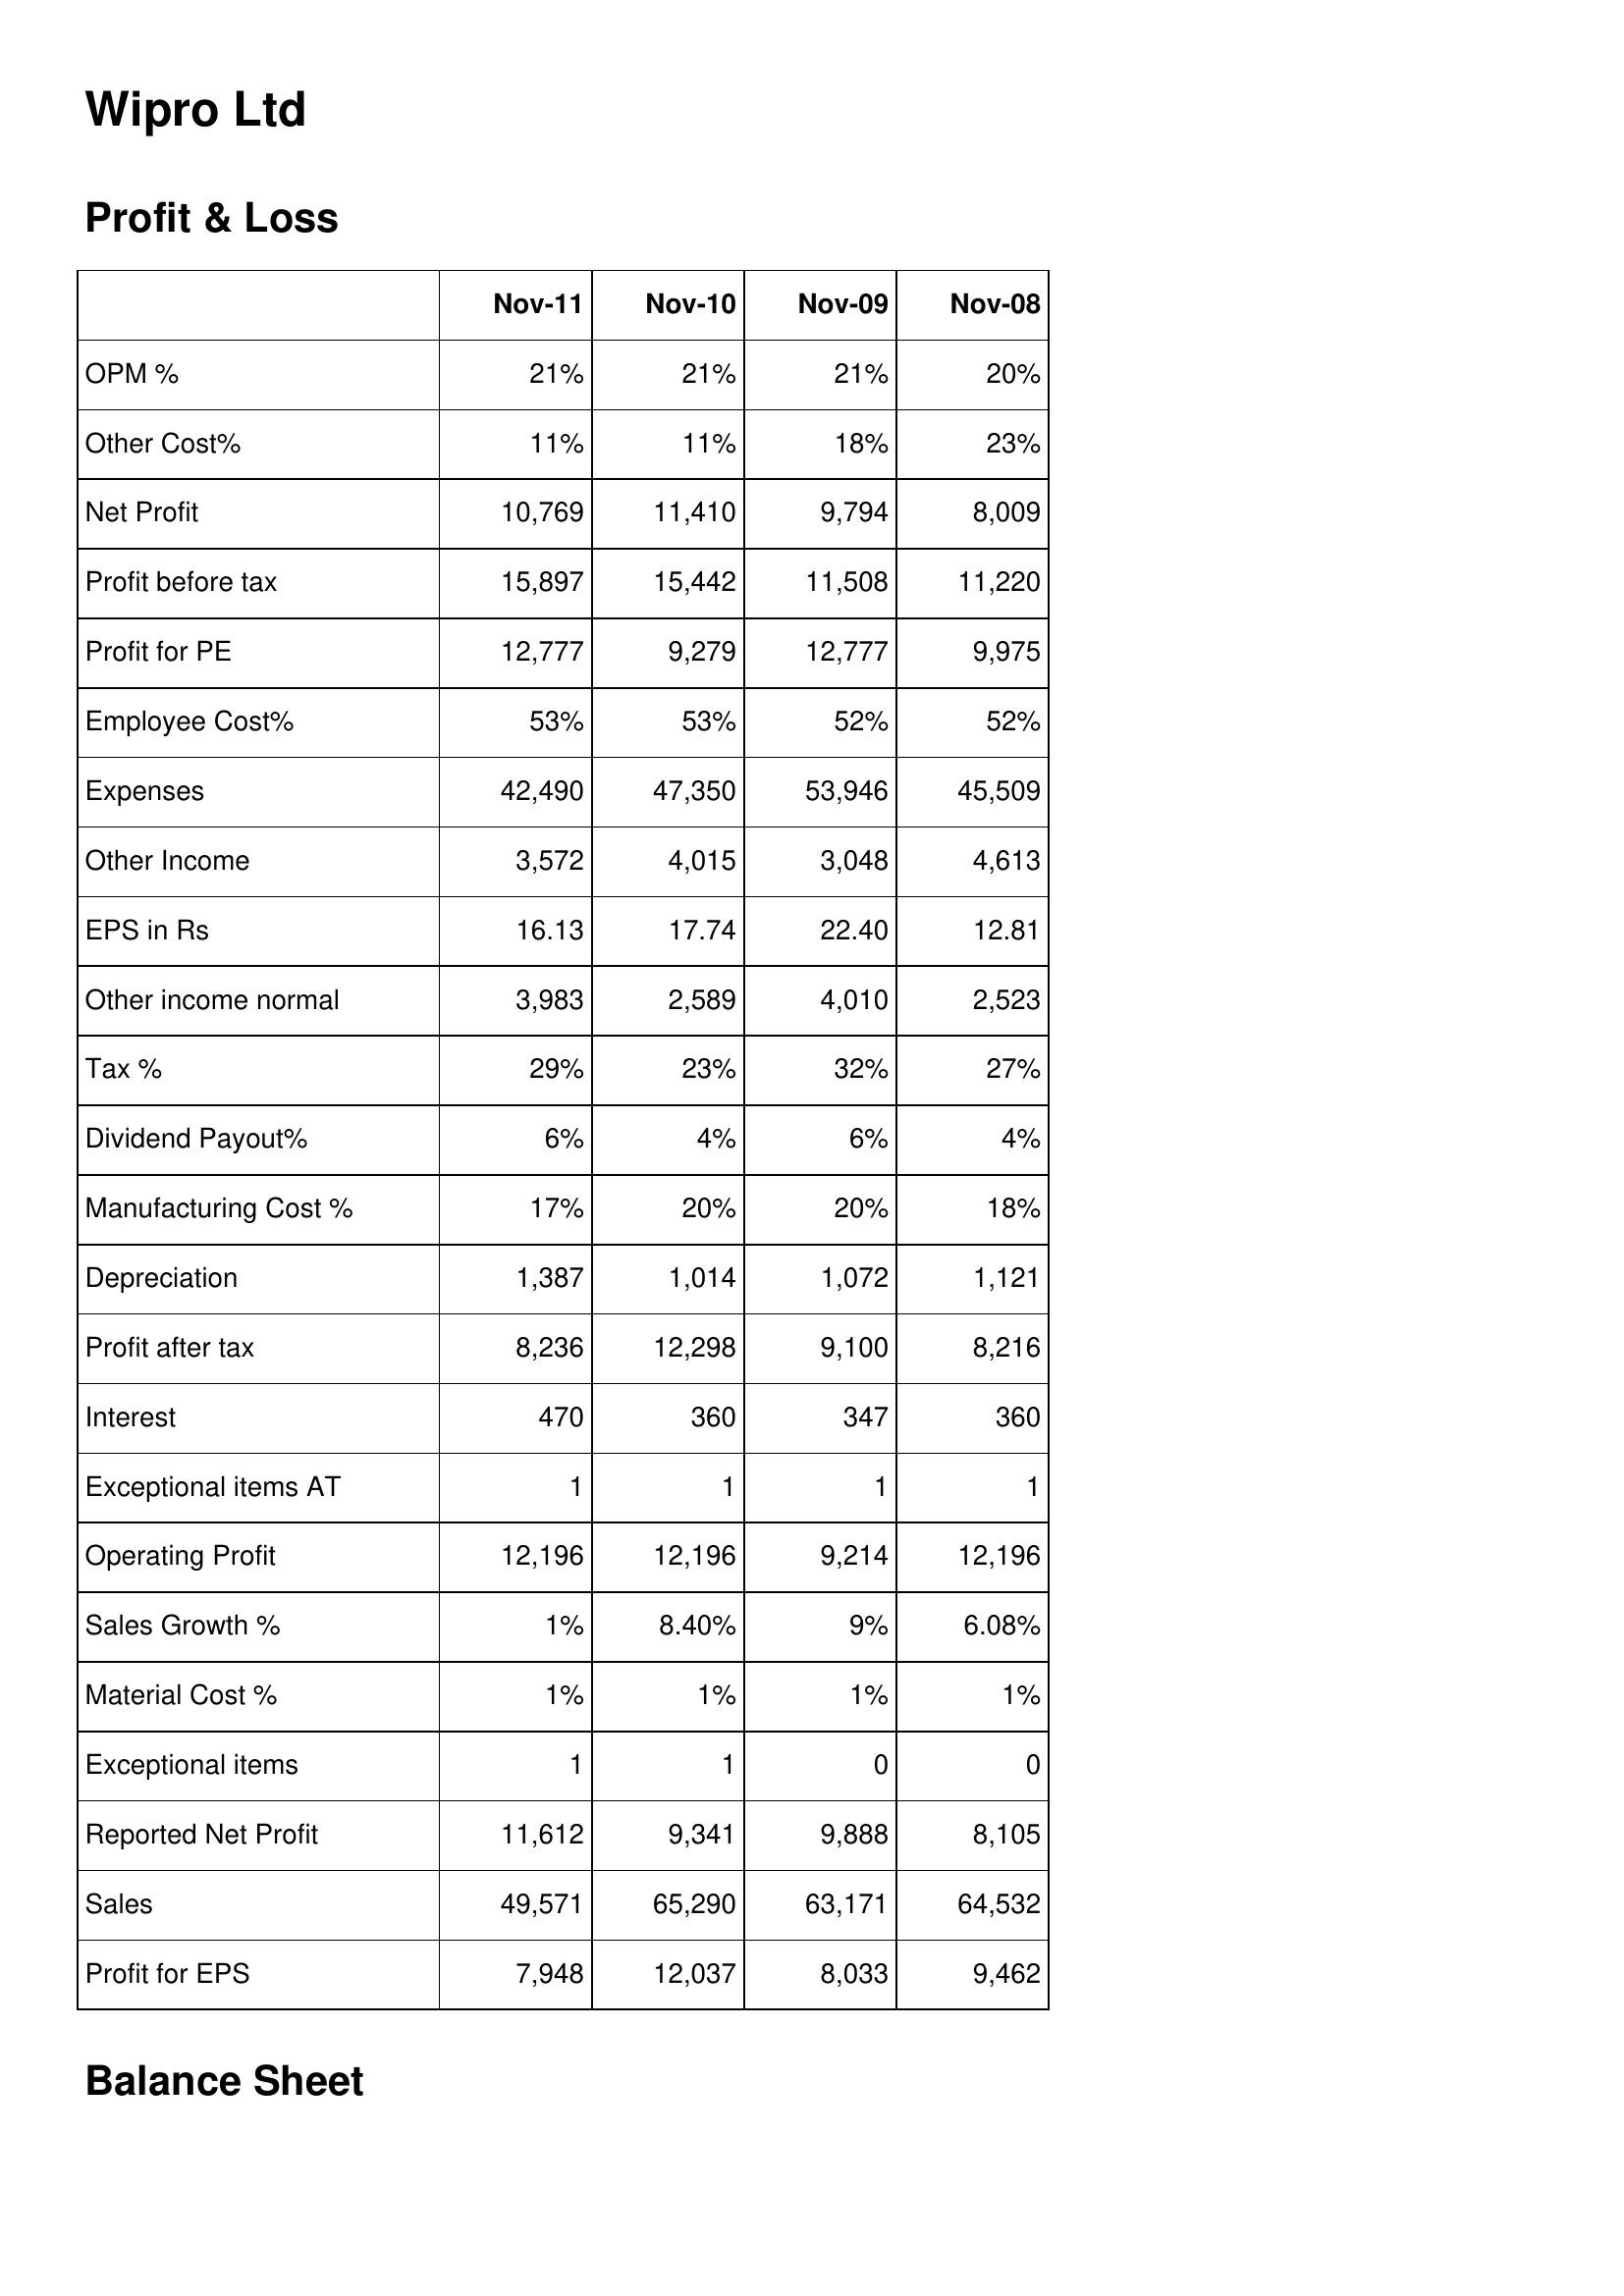
Nov-11: Profit & Loss: OPM %: 21%
Other Cost%: 11%
Net Profit: 10,769
Profit before tax: 15,897
Profit for PE: 12,777
Employee Cost%: 53%
Expenses: 42,490
Other Income: 3,572
EPS in Rs: 16.13
Other income normal: 3,983
Tax %: 29%
Dividend Payout%: 6%
Manufacturing Cost %: 17%
Depreciation: 1,387
Profit after tax: 8,236
Interest: 470
Exceptional items AT: 1
Operating Profit: 12,196
Sales Growth %: 1%
Material Cost %: 1%
Exceptional items: 1
Reported Net Profit: 11,612
Sales: 49,571
Profit for EPS: 7,948
Nov-10: Profit & Loss: OPM %: 21%
Other Cost%: 11%
Net Profit: 11,410
Profit before tax: 15,442
Profit for PE: 9,279
Employee Cost%: 53%
Expenses: 47,350
Other Income: 4,015
EPS in Rs: 17.74
Other income normal: 2,589
Tax %: 23%
Dividend Payout%: 4%
Manufacturing Cost %: 20%
Depreciation: 1,014
Profit after tax: 12,298
Interest: 360
Exceptional items AT: 1
Operating Profit: 12,196
Sales Growth %: 8.40%
Material Cost %: 1%
Exceptional items: 1
Reported Net Profit: 9,341
Sales: 65,290
Profit for EPS: 12,037
Nov-09: Profit & Loss: OPM %: 21%
Other Cost%: 18%
Net Profit: 9,794
Profit before tax: 11,508
Profit for PE: 12,777
Employee Cost%: 52%
Expenses: 53,946
Other Income: 3,048
EPS in Rs: 22.40
Other income normal: 4,010
Tax %: 32%
Dividend Payout%: 6%
Manufacturing Cost %: 20%
Depreciation: 1,072
Profit after tax: 9,100
Interest: 347
Exceptional items AT: 1
Operating Profit: 9,214
Sales Growth %: 9%
Material Cost %: 1%
Exceptional items: 0
Reported Net Profit: 9,888
Sales: 63,171
Profit for EPS: 8,033
Nov-08: Profit & Loss: OPM %: 20%
Other Cost%: 23%
Net Profit: 8,009
Profit before tax: 11,220
Profit for PE: 9,975
Employee Cost%: 52%
Expenses: 45,509
Other Income: 4,613
EPS in Rs: 12.81
Other income normal: 2,523
Tax %: 27%
Dividend Payout%: 4%
Manufacturing Cost %: 18%
Depreciation: 1,121
Profit after tax: 8,216
Interest: 360
Exceptional items AT: 1
Operating Profit: 12,196
Sales Growth %: 6.08%
Material Cost %: 1%
Exceptional items: 0
Reported Net Profit: 8,105
Sales: 64,532
Profit for EPS: 9,462